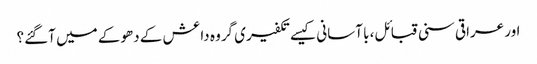
اور عراقی سنی قبائل، با آسانی کیسے تکفیری گروہ داعش کے دھوکے میں آگئے؟